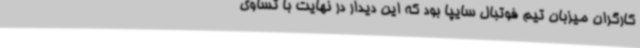
کارگران میزبان تیم فوتبال سایپا بود که این دیدار در نهایت با تساوی